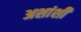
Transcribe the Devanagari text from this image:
अशांशी